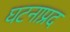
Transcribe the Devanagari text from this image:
घटनाप्रद